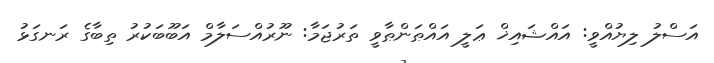
އަސްލު ލިޔުއްވީ: އައްޝައިޚް ޢަލީ އައްޠަންޠާވީ ތަރުޖަމާ: ނޫރުއްސަލާމް އަބޫބަކުރު ތިބާގެ ރަނގަޅު